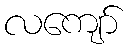
လကျော်